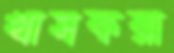
খাসকরা